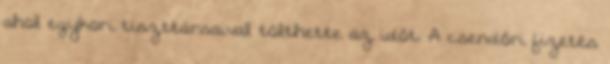
ahol egykori tiszttársaival tölthette az időt. A csendőri fizetés